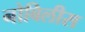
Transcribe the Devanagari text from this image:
नोबिलीस